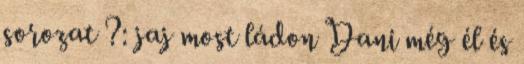
sorozat ?: jaj most ládon Dani még él és